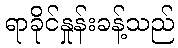
ရာခိုင်နှုန်းခန့်သည်